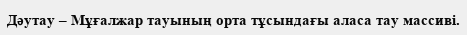
Дәутау – Мұғалжар тауының орта тұсындағы аласа тау массиві.